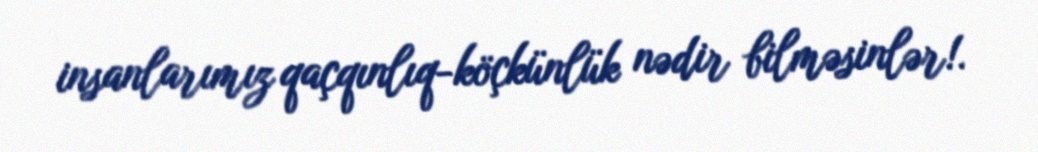
insanlarımız qaçqınlıq-köçkünlük nədir bilməsinlər!.